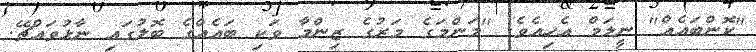
"ކޮންބައެއް" ނީލަމް އެހިއެވެ. "މަންމަގެ މަރުގެ ޒިންމާ ވަކި ބައެއްގެ ބޮލުގައި ނާޅުވައްޗޭ.